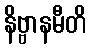
နိဗ္ဗာနမီတိ